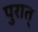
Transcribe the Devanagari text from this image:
पुरात्